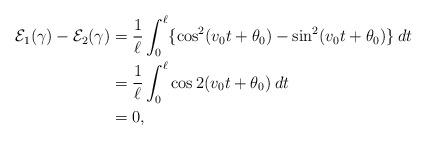
LaTeX: \begin{align*} \mathcal{E}_1(\gamma) - \mathcal{E}_2(\gamma) & = \frac{1}{\ell} \int_0^\ell \{ \cos^2(v_0 t + \theta_0) - \sin^2(v_0 t + \theta_0) \} \: dt \\ & = \frac{1}{\ell} \int_0^\ell \cos 2(v_0 t+\theta_0) \: dt \\ & = 0, \end{align*}